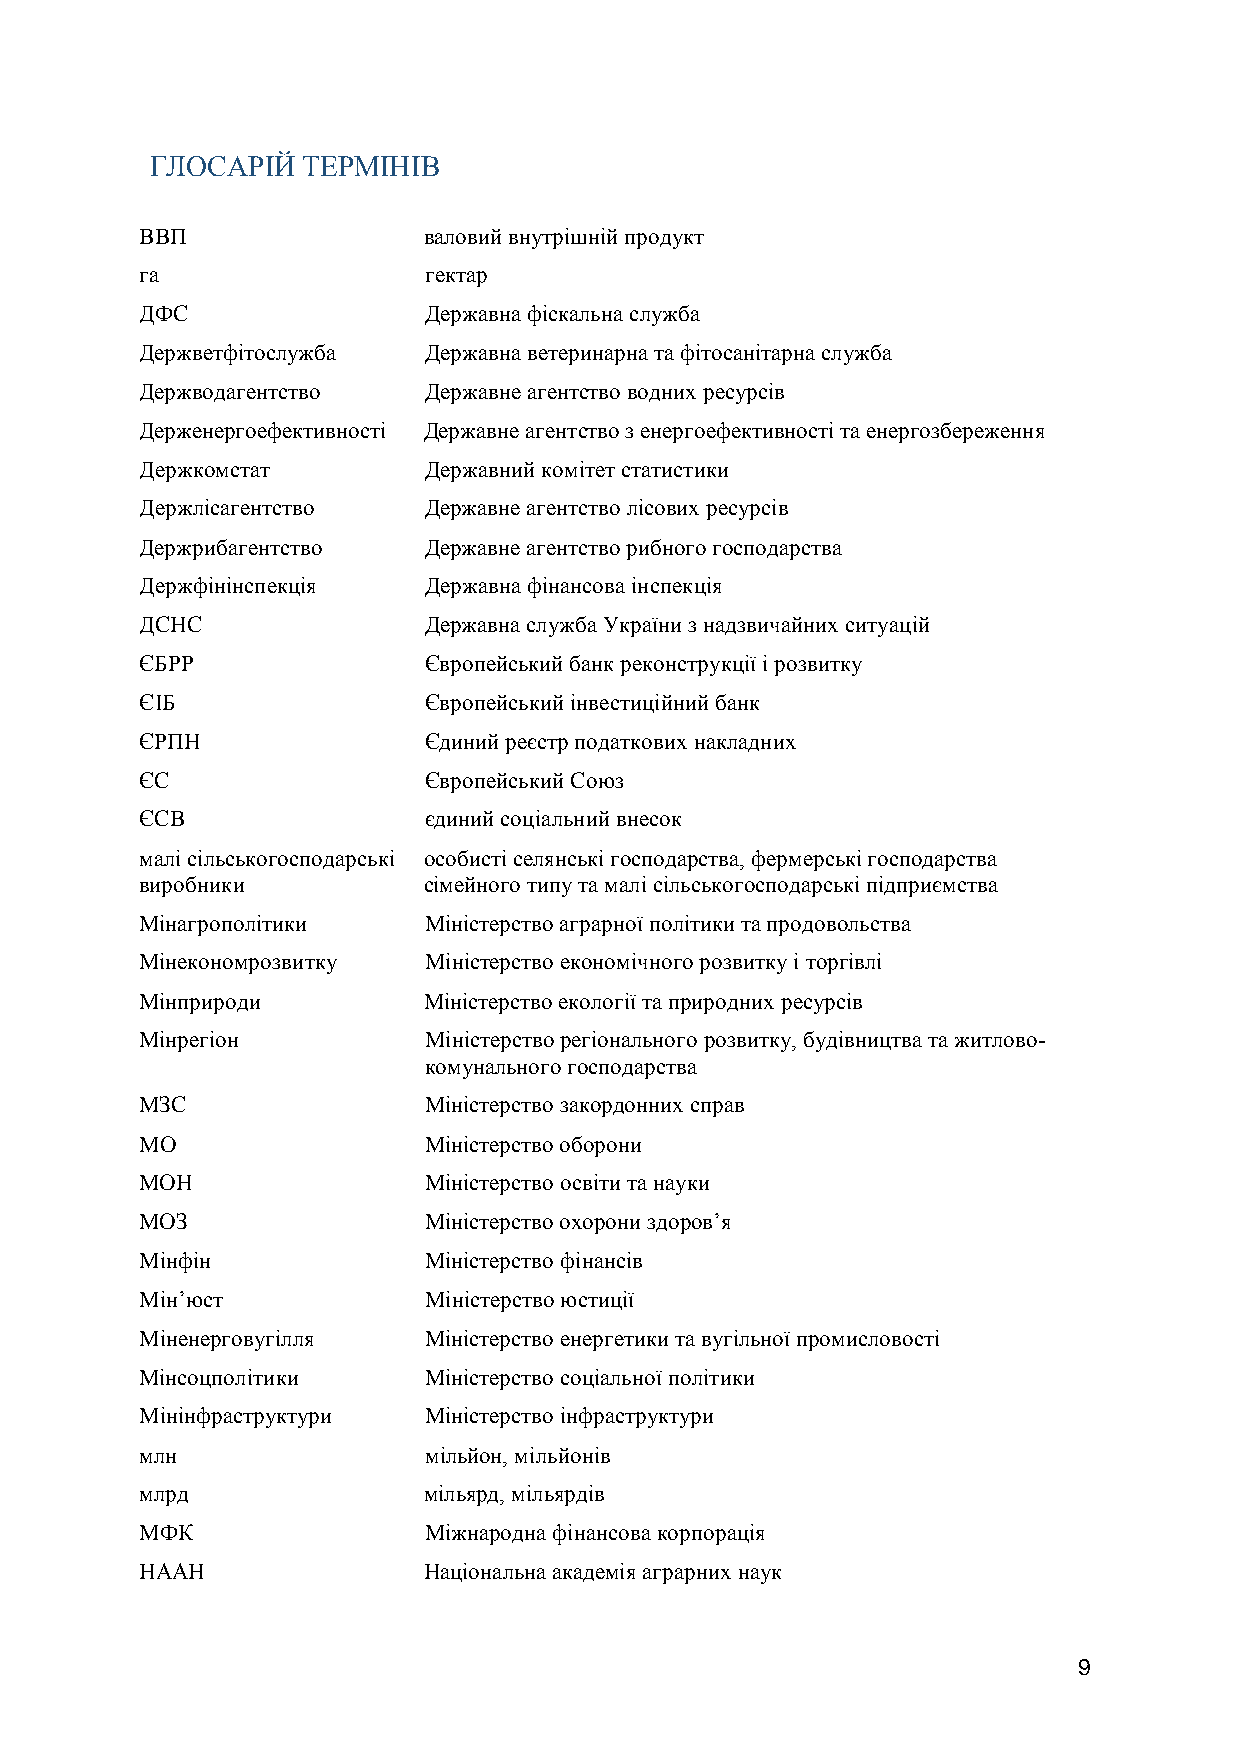
ГЛОСАРІЙ  ТЕРМІНІВ
 ВВП                валовий внутрішній продукт
 га                 гектар
 ДФС                Державна фіскальна служба
 Держветфітослужба  Державна ветеринарна та фітосанітарна служба
 Держводагентство   Державне агентство водних ресурсів
 Держенергоефективності Державне агентство з енергоефективності та енергозбереження
 Держкомстат        Державний комітет статистики
 Держлісагентство   Державне агентство лісових ресурсів
 Держрибагентство   Державне агентство рибного господарства
 Держфінінспекція   Державна фінансова інспекція
 ДСНС               Державна служба України з надзвичайних ситуацій
 ЄБРР               Європейський банк реконструкції і розвитку
 ЄІБ                Європейський інвестиційний банк
 ЄРПН               Єдиний реєстр податкових накладних
 ЄС                 Європейський Союз
 ЄСВ                єдиний соціальний внесок
 малі сільськогосподарські особисті селянські господарства, фермерські господарства
 виробники          сімейного типу та малі сільськогосподарські підприємства
 Мінагрополітики    Міністерство аграрної політики та продовольства
 Мінекономрозвитку  Міністерство економічного розвитку і торгівлі
 Мінприроди         Міністерство екології та природних ресурсів
 Мінрегіон          Міністерство регіонального розвитку, будівництва та житлово-
 комунального господарства
 МЗС                Міністерство закордонних справ
 МО                 Міністерство оборони
 МОН                Міністерство освіти та науки
 МОЗ                Міністерство охорони здоров’я
 Мінфін             Міністерство фінансів
 Мін’юст            Міністерство юстиції
 Міненерговугілля   Міністерство енергетики та вугільної промисловості
 Мінсоцполітики     Міністерство соціальної політики
 Мінінфраструктури  Міністерство інфраструктури
 млн                мільйон, мільйонів
 млрд               мільярд, мільярдів
 МФК                Міжнародна фінансова корпорація
 НААН               Національна академія аграрних наук
 9